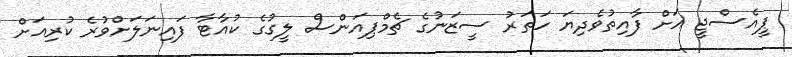
ޕީއެސްޖީ އަށް ފާއިތުވެދިޔަ ހަތަރު ސީޒަނުގެ ޗެމްޕިއަންސް ލީގުގެ ކުއާޓާ ފައިނަލަށްވުރެ ކުރިއަށް